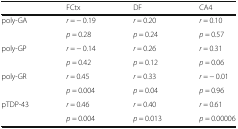
<table><thead><tr><td></td><td><b>FCtx</b></td><td><b>DF</b></td><td><b>CA4</b></td></tr></thead><tbody><tr><td rowspan="2">poly-GA</td><td><i>r</i> = − 0.19</td><td><i>r</i> = 0.20</td><td><i>r</i> = 0.10</td></tr><tr><td><i>p</i> = 0.28</td><td><i>p</i> = 0.24</td><td><i>p</i> = 0.57</td></tr><tr><td rowspan="2">poly-GP</td><td><i>r</i> = − 0.14</td><td><i>r</i> = 0.26</td><td><i>r</i> = 0.31</td></tr><tr><td><i>p</i> = 0.42</td><td><i>p</i> = 0.12</td><td><i>p</i> = 0.06</td></tr><tr><td rowspan="2">poly-GR</td><td><i>r</i> = 0.45</td><td><i>r</i> = 0.33</td><td><i>r</i> = − 0.01</td></tr><tr><td><i>p</i> = 0.004</td><td><i>p</i> = 0.04</td><td><i>p</i> = 0.96</td></tr><tr><td rowspan="2">pTDP-43</td><td><i>r</i> = 0.46</td><td><i>r</i> = 0.40</td><td><i>r</i> = 0.61</td></tr><tr><td><i>p</i> = 0.004</td><td><i>p</i> = 0.013</td><td><i>p</i> = 0.00006</td></tr></tbody></table>